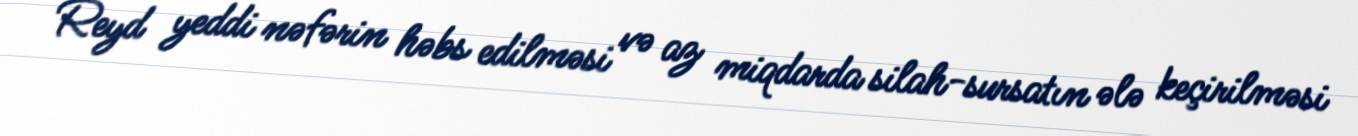
Reyd yeddi nəfərin həbs edilməsi və az miqdarda silah-sursatın ələ keçirilməsi